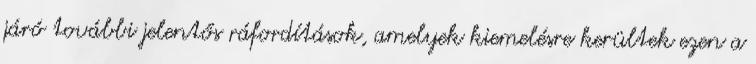
járó további jelentős ráfordítások, amelyek kiemelésre kerültek ezen a